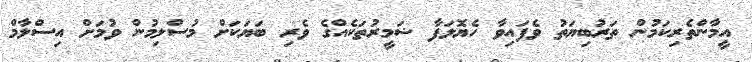
އީމާންތެރިކަމުން ތަރުބިޔަތު ވެފައިވާ ހެޔޮލަފާ ޟަމީރުތަކެއްގެ ވެރި ބަޔަކަށް މުސްލިމުން ވުމަށް އިސްލާމް